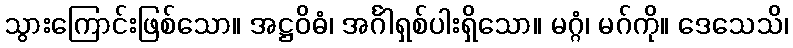
သွားကြောင်းဖြစ်သော။ အဋ္ဌဝိဓံ၊ အင်္ဂါရှစ်ပါးရှိသော။ မဂ္ဂံ၊ မဂ်ကို။ ဒေသေသိ၊